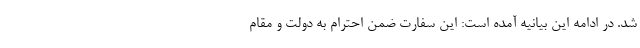
شد. در ادامه این بیانیه آمده است: این سفارت ضمن احترام به دولت و مقام